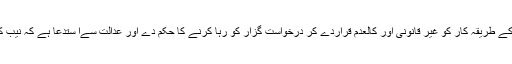
کیس کی تفتیش میں بھی مجھ سے کچھ برآمد نہیں کرنا لہٰذ ا عدالت درخواست گزار کی گرفتاری اور اس کے طریقہ کار کو غیر قانونی اور کالعدم قراردے کر درخواست گزار کو رہا کرنے کا حکم دے اور عدالت سےا ستدعا ہے کہ نیب کی کارروائی کو غیر قانونی قرار دے کر درخواست گزار کو فوری طور پر رہا کرنے کا حکم دیا جائے ۔